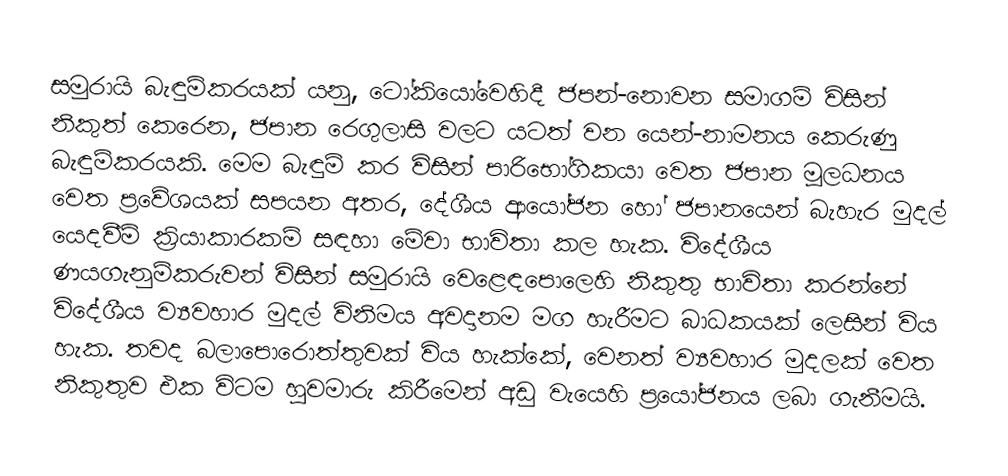
සමුරායි  බැඳුම්කරයක් යනු, ටෝකියෝවෙහිදී ජපන්-නොවන සමාගම් විසින් නිකුත් කෙරෙන, ජපාන රෙගුලාසි වලට යටත් වන යෙන්-නාමනය කෙරුණු  බැඳුම්කරයකි.   මෙම බැඳුම් කර විසින් පාරිභෝගිකයා වෙත ජපාන මූලධනය වෙත ප්‍රවේශයක් සපයන අතර, දේශීය ආයෝජන හෝ ජපානයෙන් බැහැර මුදල් යෙදවීම් ක්‍රියාකාරකම් සඳහා මේවා භාවිතා කල හැක. විදේශීය ණයගැනුම්කරුවන් විසින් සමුරායි වෙළෙඳපොලෙහි නිකුතු භාවිතා කරන්නේ  විදේශීය ව්‍යවහාර මුදල් විනිමය අවදානම මග හැරීමට බාධකයක් ලෙසින් විය හැක. තවද බලාපොරොත්තුවක් විය හැක්කේ, වෙනත් ව්‍යවහාර මුදලක් වෙත නිකුතුව එක විටම හුවමාරු කිරීමෙන් අඩු වැයෙහි ප්‍රයෝජනය ලබා ගැනීමයි.